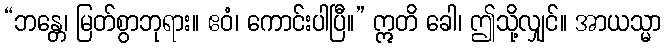
“ဘန္တေ၊ မြတ်စွာဘုရား။ ဧဝံ၊ ကောင်းပါပြီ။” ဣတိ ခေါ၊ ဤသို့လျှင်။ အာယသ္မာ